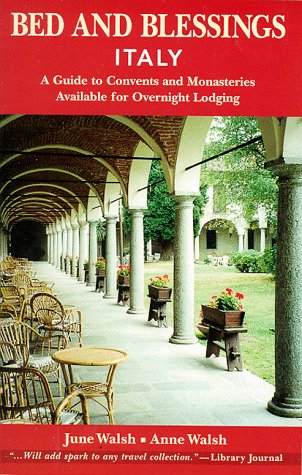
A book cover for Bed and Blessings Italy:  A Guide to Convents and Monasteries Available for Overnight Lodging; June Walsh; Travel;